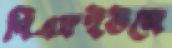
পিএফইউজে